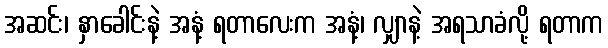
အဆင်း၊ နှာခေါင်းနဲ့ အနံ့ ရတာလေးက အနံ့၊ လျှာနဲ့ အရသာခံလို့ ရတာက